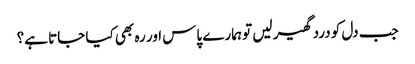
جب دل کو درد گھیر لیں تو ہمارے پاس اور رہ بھی کیا جاتا ہے؟